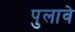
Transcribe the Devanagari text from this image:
पुलावे